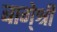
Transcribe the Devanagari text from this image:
बागे्श्री